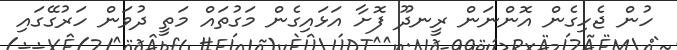
ހުން ޖެހިގެން އޮންނަން ރީނދޫ ފޮށާ އަޅައިގެން މަގުތައް މަތީ ދުވަން ހަރުގޭގައި